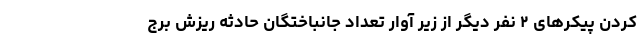
کردن پیکرهای ۲ نفر دیگر از زیر آوار تعداد جانباختگان حادثه ریزش برج